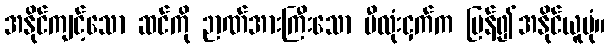
အနိုင်ကျင့်သော ဆင်ကို ဉာဏ်အားကြီးသော ဗီလုံးငှက်က ပြန်၍အနိုင်ယူပုံ။